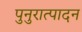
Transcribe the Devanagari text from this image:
पुनुरात्पादन